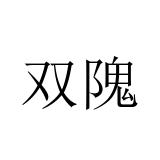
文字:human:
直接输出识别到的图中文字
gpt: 双隗